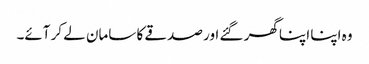
وہ اپنا اپنا گھر گئے اور صدقے کا سامان لے کر آئے۔